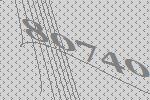
80740